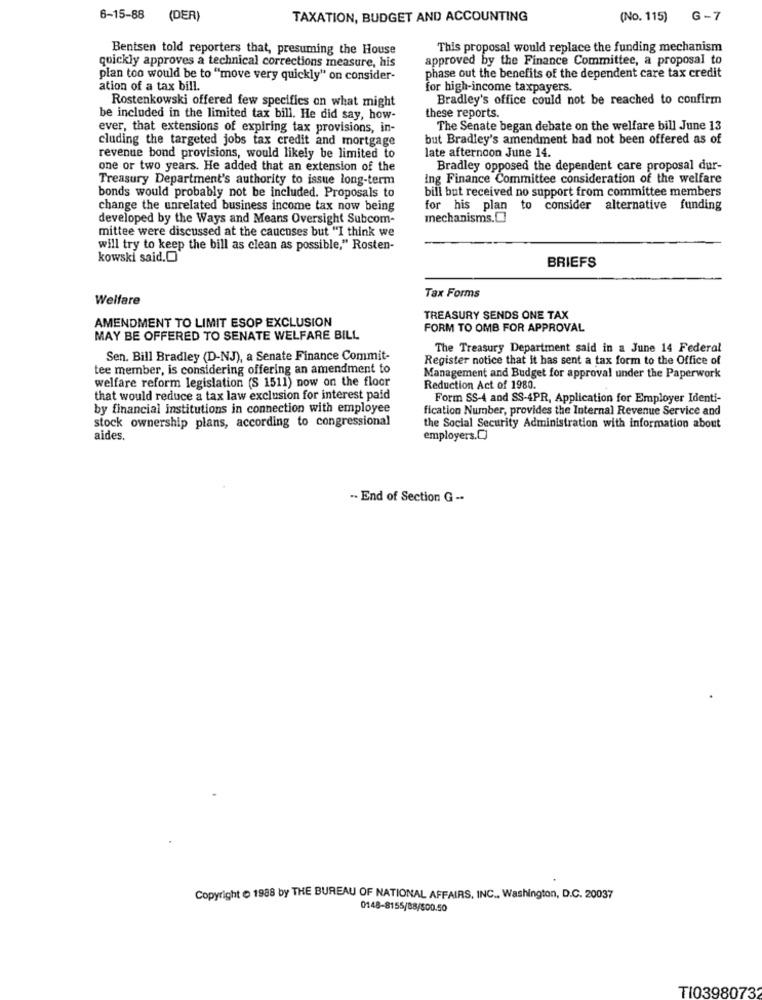
6-15-88 (DER)
TAXATION, BUDGET AND ACCOUNTING
(No. 115)
G-7
Bentsen told reporters that, presuming the House
This proposal would replace the funding mechanism
approved by the Finance Committee, a proposal to
quickly approves a technical corrections measure, his
plan too would be to "move very quickly" on consider-
phase out the benefits of the dependent care tax credit
ation of a tax bill.
for high-income taxpayers.
Rostenkowski offered few specifics on what might
Bradley's office could not be reached to confirm
be included in the limited tax bill. He did say, how-
these reports.
ever, that extensions of expiring tax provisions, in-
The Senate began debate on the welfare bill June 13
cluding the targeted jobs tax credit and mortgage
but Bradley's amendment had not been offered as of
late afternoon June 14.
revenue bond provisions, would likely be limited to
one or two years. He added that an extension of the
Bradley opposed the dependent care proposal dur-
Treasury Department's authority to issue long-term
Ing Finance Committee consideration of the welfare
bill but received no support from committee members
bonds would probably not be included. Proposals to
change the unrelated business income tax now being
for his plan to consider alternative funding
developed by the Ways and Means Oversight Subcom-
mechanisms.[
mittee were discussed at the caucuses but "I think we
will try to keep the bill as clean as possible," Rosten-
kowski said.[
BRIEFS
Tax Forms
Welfare
AMENDMENT TO LIMIT ESOP EXCLUSION
TREASURY SENDS ONE TAX
FORM TO OMB FOR APPROVAL
MAY BE OFFERED TO SENATE WELFARE BILL
The Treasury Department said in a June 14 Federal
Sen. Bill Bradley (D-NJ), a Senate Finance Commit-
Register notice that it has sent a tax form to the Office of
tee member, is considering offering an amendment to
welfare reform legislation (S 1511) now on the floor
Management and Budget for approval under the Paperwork
Reduction Act of 1980.
that would reduce a tax law exclusion for interest paid
Form SS-4 and SS-4PR, Application for Employer Identi-
by financial institutions in connection with employee
fication Number, provides the Internal Revenue Service and
stock ownership plans, according to congressional
the Social Security Administration with information about
aides.
employers.[]
.. End of Section G -.
Copyright @ 1988 by THE BUREAU OF NATIONAL AFFAIRS, INC ., Washington, D.C. 20037
0148-8155/88/500.50
TI0398073